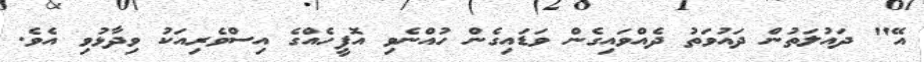
އޭ" ދައުލަތުން ދައުވަތު ދެއްވައިގެން ވަޑައިގެން ހުއްނެވި އޮފީހެއްގެ އިސްވެރިއަކު ވިދާޅުވި އެވެ.